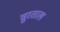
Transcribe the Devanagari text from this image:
सुरताल